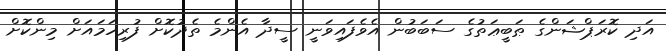
އަދި ކޮރަޕްޝަންގެ ޠަބީޢަތުގެ ސަބަބުން އެވެފައިވަނީ ސީދާ އެންމެ ތެދުކޮށް ފުރިހަމައަށް މިންކޮށް